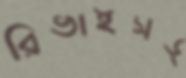
রিভাইসড্